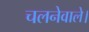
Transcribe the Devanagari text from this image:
चलनेवाले।